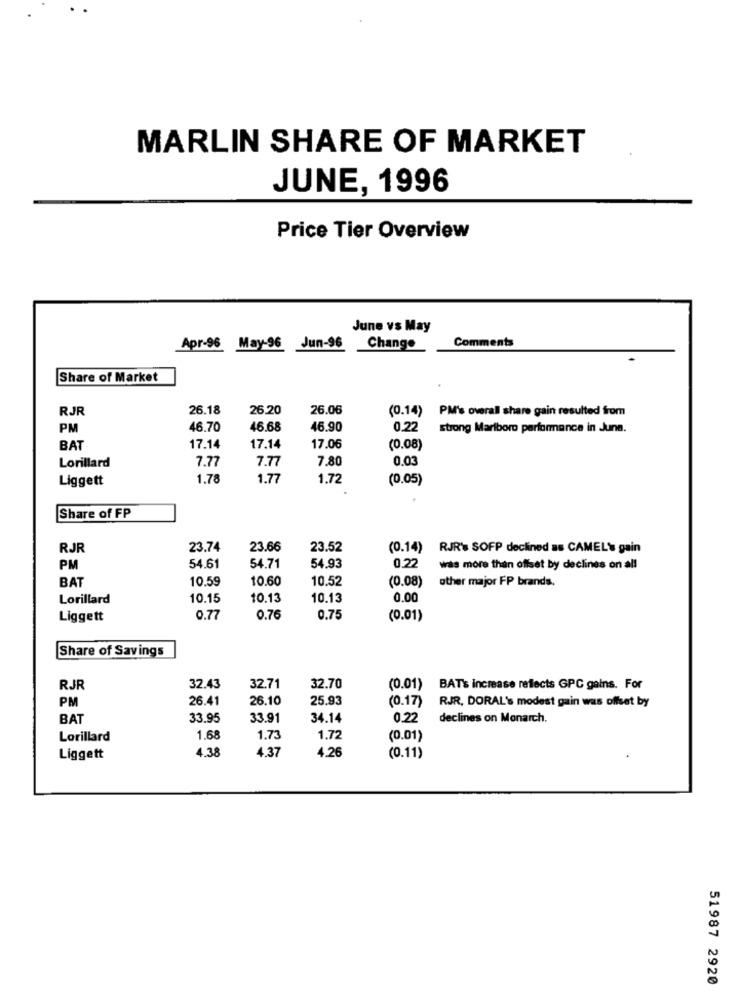
MARLIN SHARE OF MARKET
JUNE, 1996
Price Tier Overview
June vs May
Comments
Apr-96
May-96 Jun-96
Change
Share of Market
RJR
26.18
26.20
26.06
(0.14) PM's overall share gain resulted from
PM
46.70
46.68
46.90
0.22
strong Marlboro performance in June.
BAT
17.14
17.14
17.06
(0.08)
7.77
7.77
7,80
0.03
Lorillard
Liggett
1.78
1.77
1.72
(0.05)
Share of FP
RJR
23.74
23.66
23.52
(0.14) RJR's SOFP declined as CAMEL' gain
PM
54.61
54.71
54.93
0.22
was more than offset by declines on all
10.59
10.60
10.52
(0.08)
other major FP brands.
BAT
Lorillard
10.15
10.13
10.13
0.00
Liggett
0.7
0.76
0.75
(0.01)
Share of Savings
RJR
32.43
32.71
32.70
(0.01)
BAT'S increase reflects GPC gains. For
PM
26.41
26.10
25.93
(0.17)
RJR, DORAL's modest gain was offset by
BAT
33.95
33.91
34.14
0.22
declines on Monarch.
Lorillard
1.68
1.73
1.72
(0.01)
4.38
4.37
4.26
.
Liggett
(0.11)
51987 2920